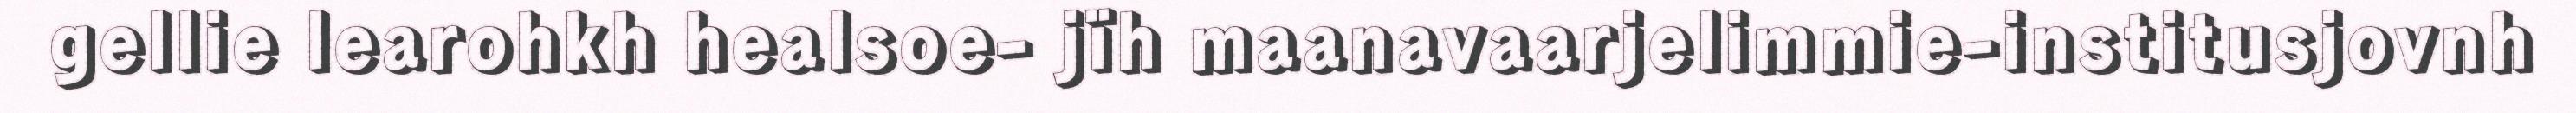
gellie learohkh healsoe- jïh maanavaarjelimmie-institusjovnh